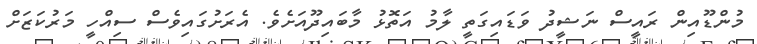
މުންޑޫއިން ރައީސް ނަޝީދު ވަޑައިގަތީ ލާމު އަތޮޅު މާބައިދޫއަށެވެ. އެރަށުގައިވެސް ސިއްހީ މަރުކަޒަށް